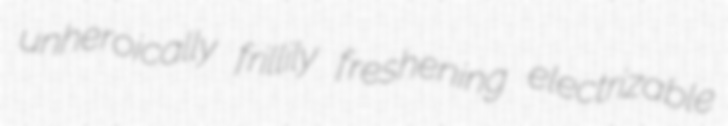
unheroically frillily freshening electrizable